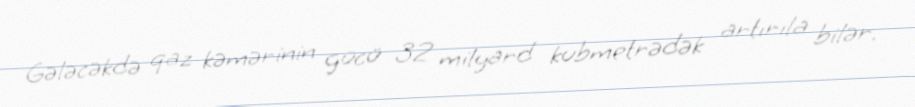
Gələcəkdə qaz kəmərinin gücü 32 milyard kubmetrədək artırıla bilər.